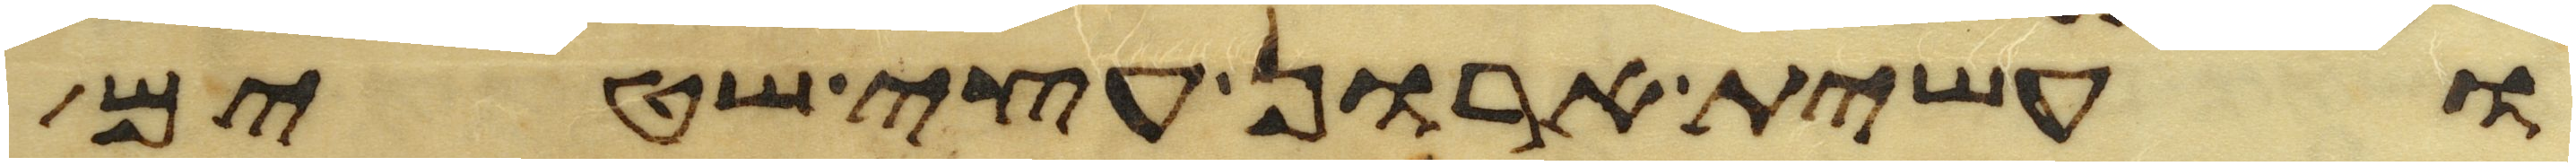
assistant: ועשית ארון עצי שטים